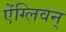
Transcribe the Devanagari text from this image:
ऐंग्लिवन्